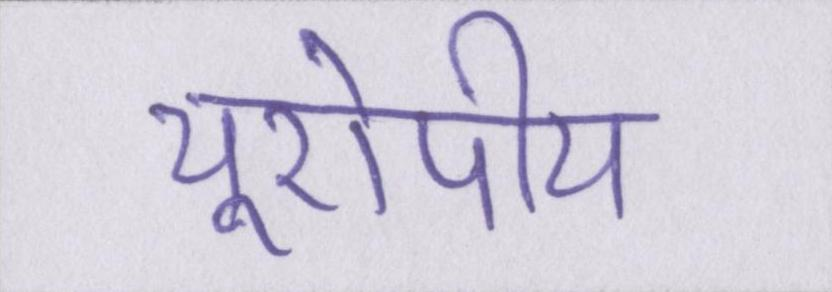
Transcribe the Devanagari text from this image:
यूरोपीय